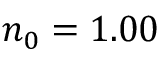
n _ { 0 } = 1 . 0 0